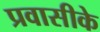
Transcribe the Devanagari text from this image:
प्रवासीके